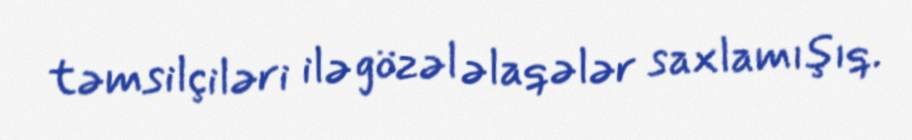
təmsilçiləri ilə gözəl əlaqələr saxlamışıq.